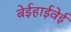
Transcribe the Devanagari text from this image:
बेईहाईवेई